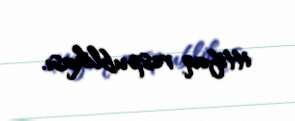
ittifaq respublikası.